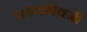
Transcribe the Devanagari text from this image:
पडद्यांऐवजी